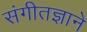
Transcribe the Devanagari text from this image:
संगीतज्ञाने